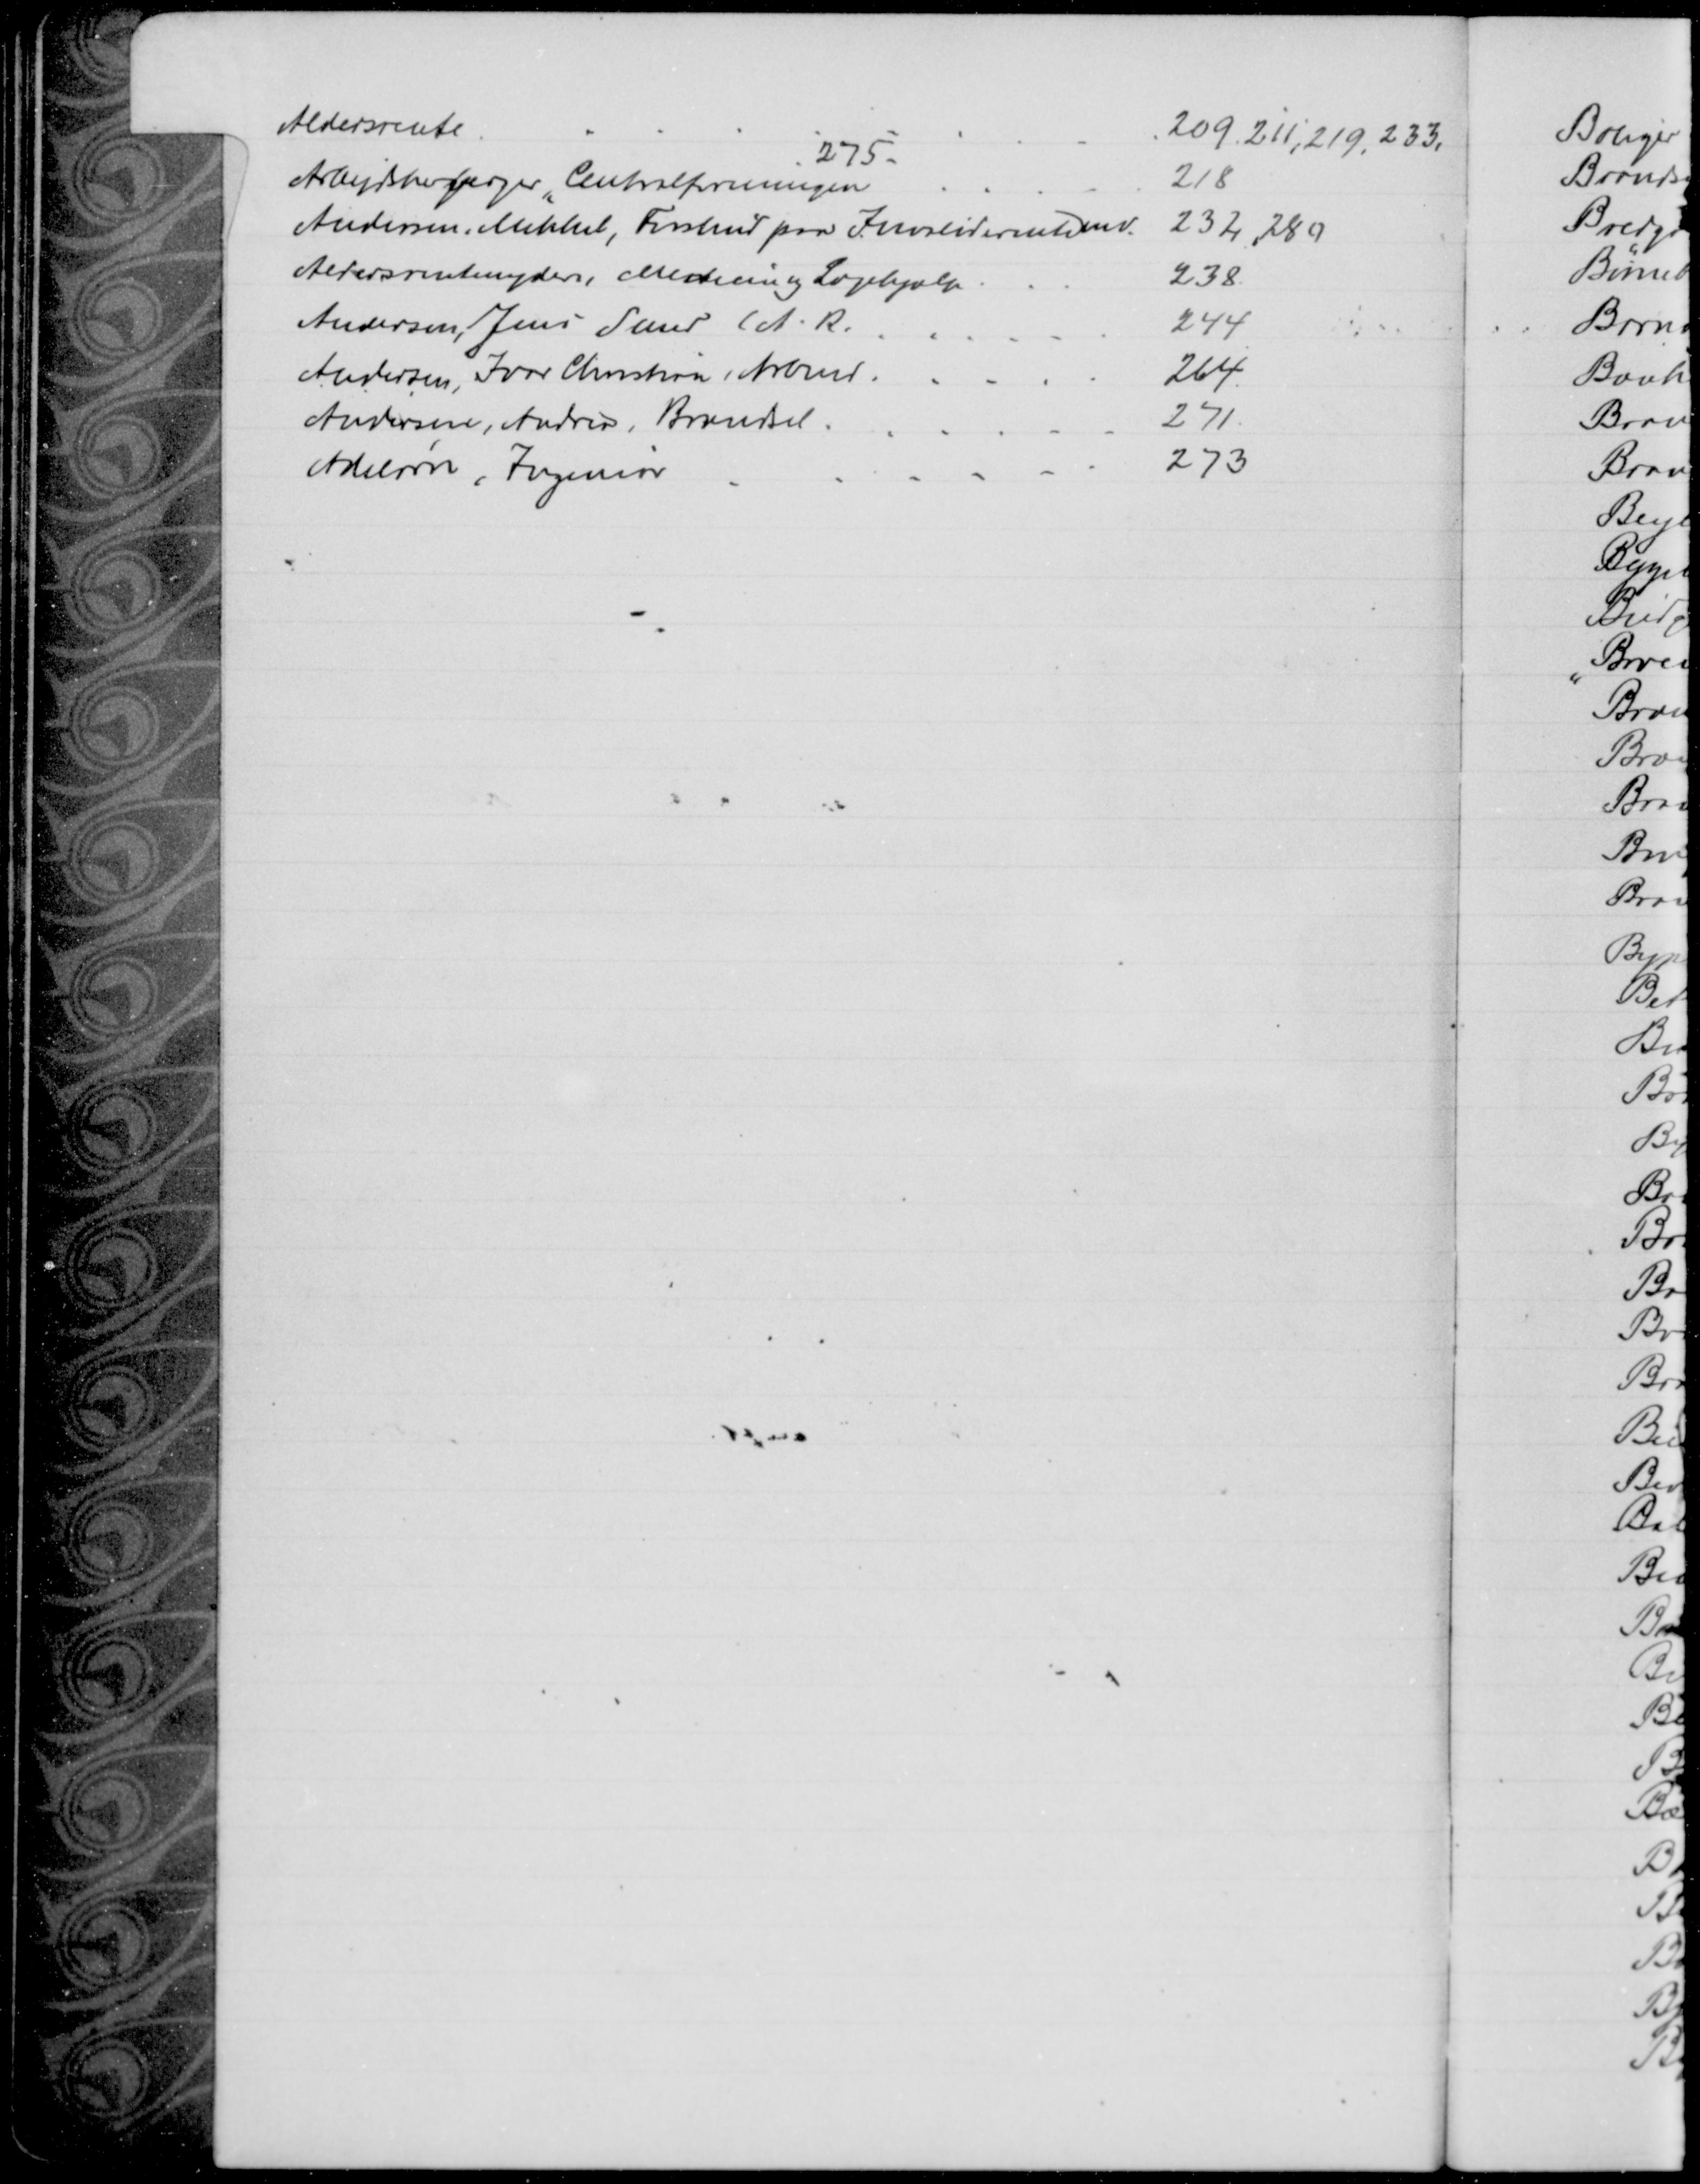
Transskription:
Aldersrente
209, 211, 219, 233,
275
Arbejdsherberger "Centralforeningen
218
Andersen, Mikkel, Forskud paa Invaliderenten.
232, 280
Aldersrentenydere, Medicin og Lægehjælp
238
Andersen, Jens Smed (A. R.
244
Andersen, Ivar Christian Arbmd.
264
Andersen, Andrea, Brændsel
271
Adelørn, Ingeniør
273